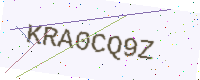
Text: KRA0CQ9Z